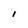
Character: l